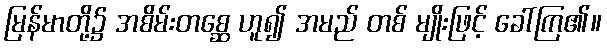
မြန်မာတို့၌ အစိမ်းတစ္ဆေ ဟူ၍ အမည် တစ် မျိုးဖြင့် ခေါ်ကြ၏။